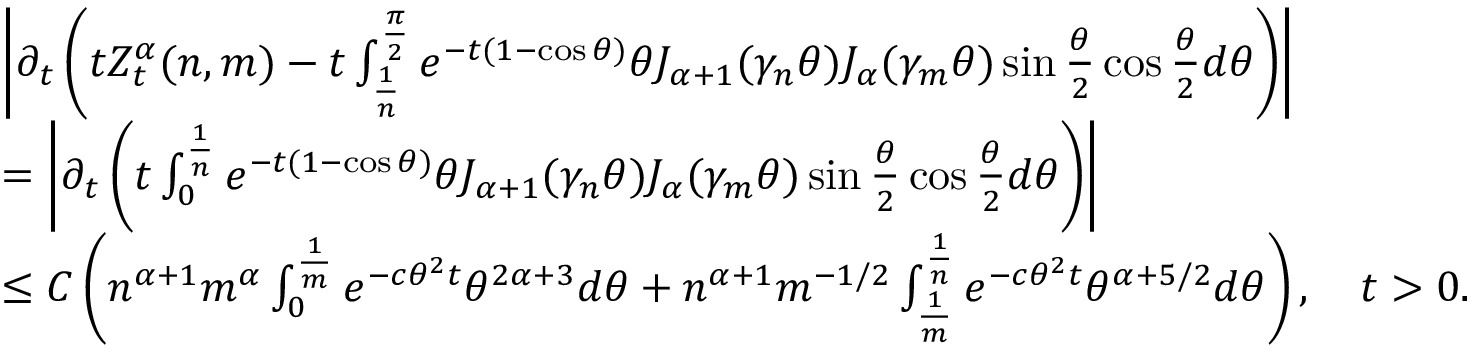
\begin{array} { r l } & { \left| \partial _ { t } \left( t Z _ { t } ^ { \alpha } ( n , m ) - t \int _ { \frac { 1 } { n } } ^ { \frac { \pi } { 2 } } e ^ { - t ( 1 - \cos \theta ) } \theta J _ { \alpha + 1 } ( \gamma _ { n } \theta ) J _ { \alpha } ( \gamma _ { m } \theta ) \sin \frac { \theta } { 2 } \cos \frac { \theta } { 2 } d \theta \right) \right| } \\ & { = \left| \partial _ { t } \left( t \int _ { 0 } ^ { \frac { 1 } { n } } e ^ { - t ( 1 - \cos \theta ) } \theta J _ { \alpha + 1 } ( \gamma _ { n } \theta ) J _ { \alpha } ( \gamma _ { m } \theta ) \sin \frac { \theta } { 2 } \cos \frac { \theta } { 2 } d \theta \right) \right| } \\ & { \le C \left( n ^ { \alpha + 1 } m ^ { \alpha } \int _ { 0 } ^ { \frac { 1 } { m } } e ^ { - c \theta ^ { 2 } t } \theta ^ { 2 \alpha + 3 } d \theta + n ^ { \alpha + 1 } m ^ { - 1 / 2 } \int _ { \frac { 1 } { m } } ^ { \frac { 1 } { n } } e ^ { - c \theta ^ { 2 } t } \theta ^ { \alpha + 5 / 2 } d \theta \right) , \quad t > 0 . } \end{array}